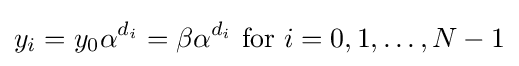
y_{i}=y_{0}\alpha ^{d_{i}}=\beta \alpha ^{d_{i}}{\mbox{ for }}i=0,1,\ldots ,N-1